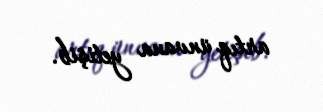
artıq ünvana yetişib.